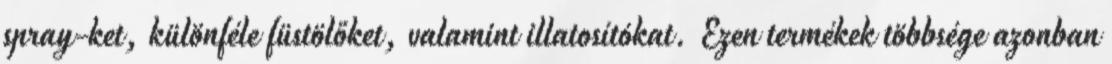
spray-ket, különféle füstölőket, valamint illatosítókat. Ezen termékek többsége azonban